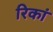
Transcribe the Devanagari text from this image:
रिकां